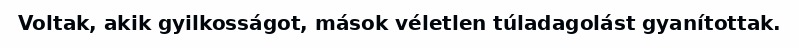
Voltak, akik gyilkosságot, mások véletlen túladagolást gyanítottak.